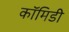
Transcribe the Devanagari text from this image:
कॉमिडी